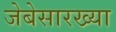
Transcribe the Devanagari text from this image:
जेबेसारख्या